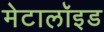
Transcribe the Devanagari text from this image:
मेटालॉइड